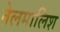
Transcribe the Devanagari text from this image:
तेलमालिश